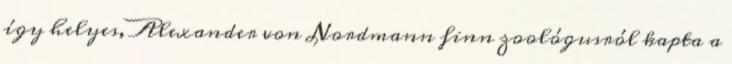
így helyes, Alexander von Nordmann finn zoológusról kapta a